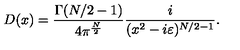
D ( x ) = \frac { \Gamma ( N / 2 - 1 ) } { 4 \pi ^ { \frac { N } { 2 } } } \frac { i } { ( x ^ { 2 } - i \varepsilon ) ^ { N / 2 - 1 } } .